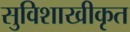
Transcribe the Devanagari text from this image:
सुविशाखीकृत